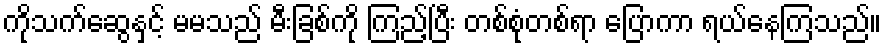
ကိုသက်ဆွေနှင့် မမသည် မီးခြစ်ကို ကြည့်ပြီး တစ်စုံတစ်ရာ ပြောကာ ရယ်နေကြသည်။